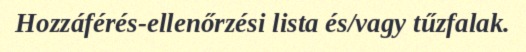
Hozzáférés-ellenőrzési lista és/vagy tűzfalak.